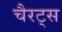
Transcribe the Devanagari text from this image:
चैरट्स